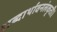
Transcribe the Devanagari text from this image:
शब्दार्थावनलंकृती।